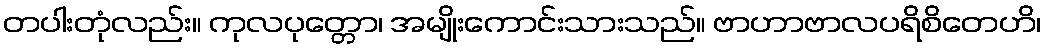
တပါးတုံလည်း။ ကုလပုတ္တော၊ အမျိုးကောင်းသားသည်။ ဗာဟာဗာလပရိစိတေဟိ၊